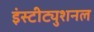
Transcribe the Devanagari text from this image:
इंस्टीट्युशनल